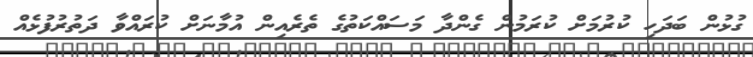
ގުޅުން ބަދަހި ކުރުމަށް ކުރަމުން ގެންދާ މަސައްކަތުގެ ތެރެއިން އުމާނަށް ކުރައްވާ ދަތުރުފުޅެއް